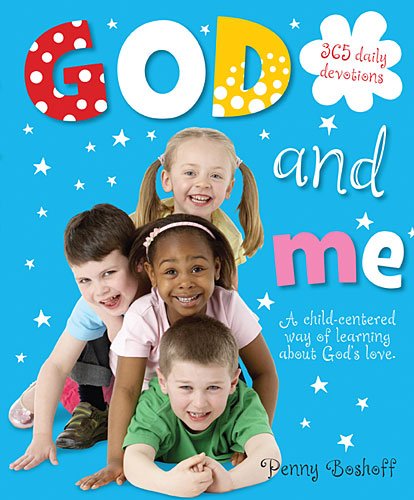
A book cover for God and Me; Thomas Nelson; Children's Books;